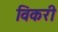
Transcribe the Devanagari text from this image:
विकरी